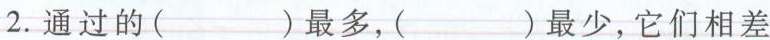
2.通过的( )最多，( )最少，它们相差